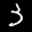
Label: 3